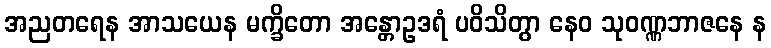
အညတရေန အာသယေန မက္ခိတော အန္တောဥဒရံ ပဝိသိတွာ နေဝ သုဝဏ္ဏဘာဇနေ န